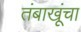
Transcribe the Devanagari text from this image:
तंबाखूंचा